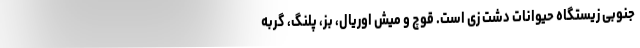
جنوبی زیستگاه حیوانات دشت زی است. قوچ و میش اوریال، بز، پلنگ، گربه